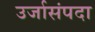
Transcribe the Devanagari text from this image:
उर्जासंपदा